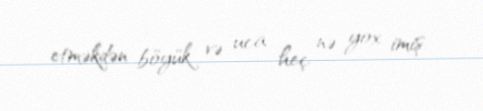
etməkdən böyük və uca heç nə yox imiş.